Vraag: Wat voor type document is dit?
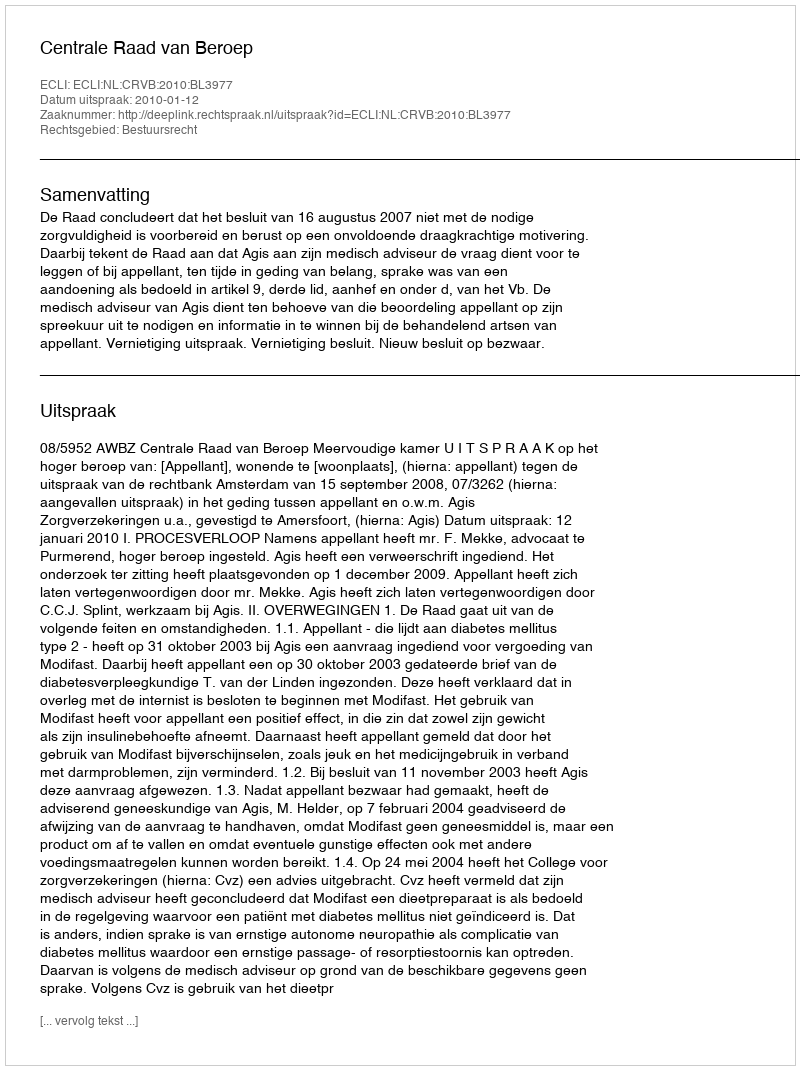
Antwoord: Uitspraak